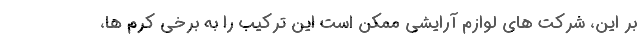
بر این، شرکت های لوازم آرایشی ممکن است این ترکیب را به برخی کرم ها،